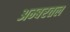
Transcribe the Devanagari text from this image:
अम्बरतल